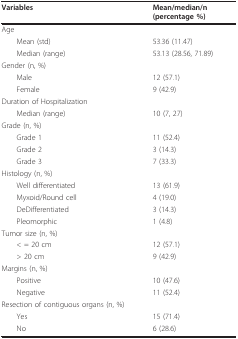
<table><thead><tr><td><b>Variables</b></td><td><b>Mean/median/n (percentage %)</b></td></tr></thead><tbody><tr><td>Age</td><td></td></tr><tr><td> Mean (std)</td><td>53.36 (11.47)</td></tr><tr><td> Median (range)</td><td>53.13 (28.56, 71.89)</td></tr><tr><td>Gender (n, %)</td><td></td></tr><tr><td> Male</td><td>12 (57.1)</td></tr><tr><td> Female</td><td>9 (42.9)</td></tr><tr><td>Duration of Hospitalization</td><td></td></tr><tr><td> Median (range)</td><td>10 (7, 27)</td></tr><tr><td>Grade (n, %)</td><td></td></tr><tr><td> Grade 1</td><td>11 (52.4)</td></tr><tr><td> Grade 2</td><td>3 (14.3)</td></tr><tr><td> Grade 3</td><td>7 (33.3)</td></tr><tr><td>Histology (n, %)</td><td></td></tr><tr><td> Well differentiated</td><td>13 (61.9)</td></tr><tr><td> Myxoid/Round cell</td><td>4 (19.0)</td></tr><tr><td> DeDifferentiated</td><td>3 (14.3)</td></tr><tr><td> Pleomorphic</td><td>1 (4.8)</td></tr><tr><td>Tumor size (n, %)</td><td></td></tr><tr><td> &lt; = 20 cm</td><td>12 (57.1)</td></tr><tr><td> &gt; 20 cm</td><td>9 (42.9)</td></tr><tr><td>Margins (n, %)</td><td></td></tr><tr><td> Positive</td><td>10 (47.6)</td></tr><tr><td> Negative</td><td>11 (52.4)</td></tr><tr><td>Resection of contiguous organs (n, %)</td><td></td></tr><tr><td> Yes</td><td>15 (71.4)</td></tr><tr><td> No</td><td>6 (28.6)</td></tr></tbody></table>